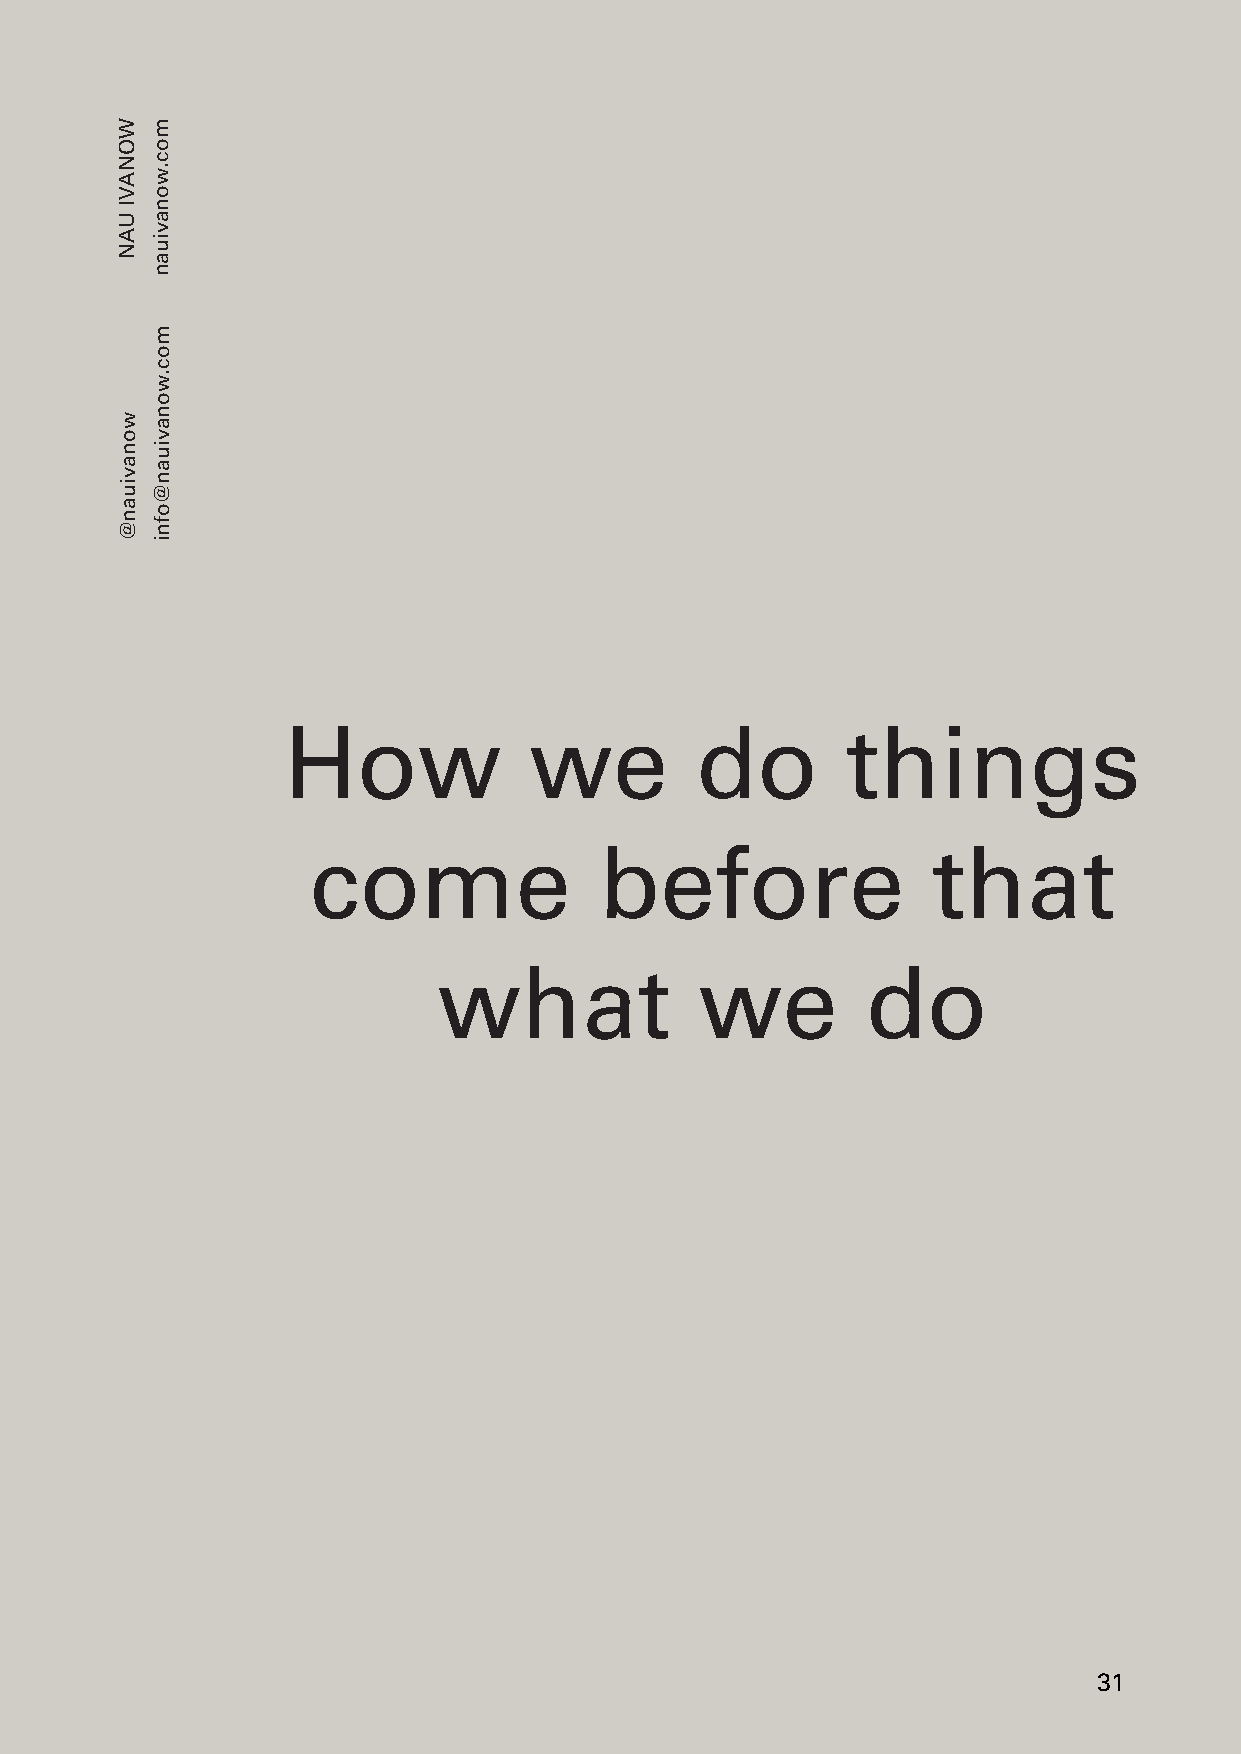
SS
 How             we         do        things
 come                before                that
 what             we         do
 3131
 WONAVI
 UAN
 wonaviuan@
 moc.wonaviuan
 moc.wonaviuan@ofni